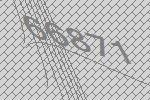
66871